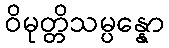
ဝိမုတ္တိသမ္ပန္နော